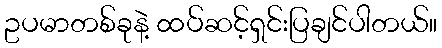
ဥပမာတစ်ခုနဲ့ ထပ်ဆင့်ရှင်းပြချင်ပါတယ်။